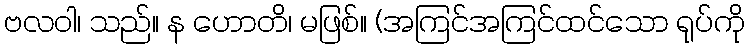
ဗလဝါ၊ သည်။ န ဟောတိ၊ မဖြစ်။ (အကြင်အကြင်ထင်သော ရုပ်ကို